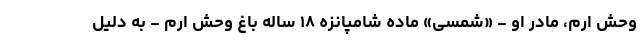
وحش ارم، مادر او - «شمسی» ماده شامپانزه ۱۸ ساله باغ وحش ارم - به دلیل